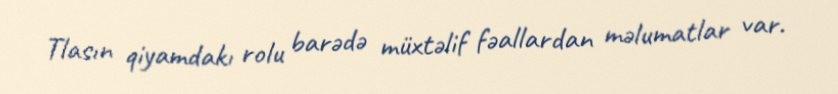
Tlasın qiyamdakı rolu barədə müxtəlif fəallardan məlumatlar var.